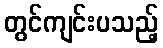
တွင်ကျင်းပသည့်